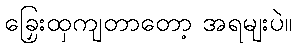
ခြှေးထှကျတာတော့ အရမျးပဲ။